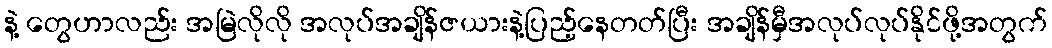
နဲ့ တွေဟာလည်း အမြဲလိုလို အလုပ်အချိန်ဇယားနဲ့ပြည့်နေတတ်ပြီး အချိန်မှီအလုပ်လုပ်နိုင်ဖို့အတွက်